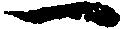
一